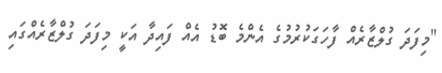
"މިފަދަ ގުލްޒާރެއް ފާހަގަކުރުމުގެ އެންމެ ބޮޑު އެއް ފައިދާ އަކީ މިފަދަ ގުލްޒާރެއްގައި